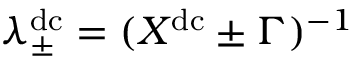
\lambda _ { \pm } ^ { \mathrm { d c } } = ( X ^ { \mathrm { d c } } \pm \Gamma ) ^ { - 1 }